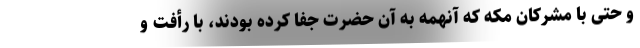
و حتی با مشرکان مکه که آنهمه به آن حضرت جفا کرده بودند، با رأفت و